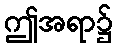
ဤအရာ၌